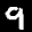
Label: 9